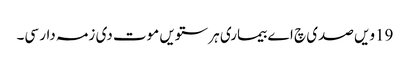
19ویں صدی چ اے بیماری ہر ستویں موت دی زمہ دار سی۔